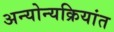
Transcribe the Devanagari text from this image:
अन्योन्यक्रियांत